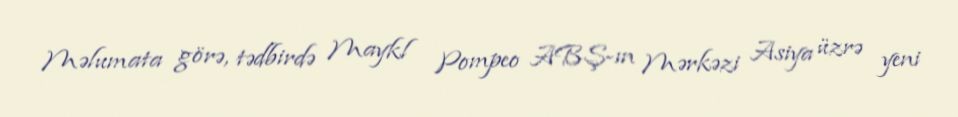
Məlumata görə, tədbirdə Maykl Pompeo ABŞ-ın Mərkəzi Asiya üzrə yeni